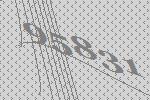
95831